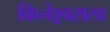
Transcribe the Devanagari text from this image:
विघ्नेश्र्वराला